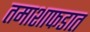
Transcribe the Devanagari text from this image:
तमाशाफडात